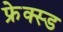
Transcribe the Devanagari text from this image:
फ्रेक्स्ड